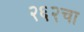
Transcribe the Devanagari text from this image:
२६२चा